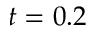
t = 0 . 2